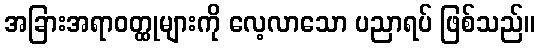
အခြားအရာဝတ္ထုများကို လေ့လာသော ပညာရပ် ဖြစ်သည်။